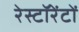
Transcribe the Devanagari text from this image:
रेस्टॉरेंटों